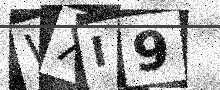
Text: WXI9